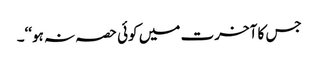
جس کا آخرت میں کوئی حصہ نہ ہو‘‘۔